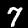
Label: 7